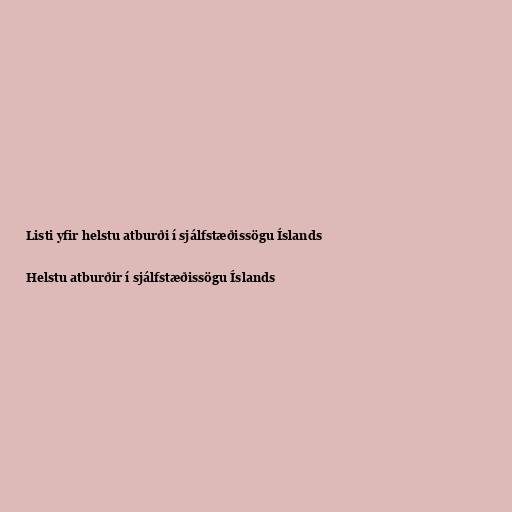
Listi yfir helstu atburði í sjálfstæðissögu Íslands

Helstu atburðir í sjálfstæðissögu Íslands